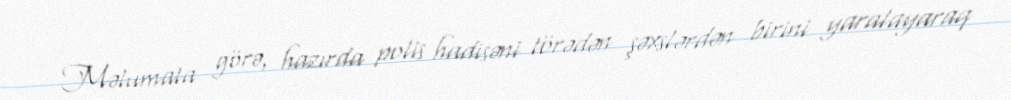
Məlumata görə, hazırda polis hadisəni törədən şəxslərdən birini yaralayaraq